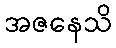
အဇနေသိ